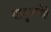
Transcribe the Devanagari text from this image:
यागुआरोंडी